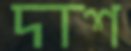
দাশ